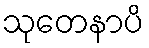
သုတေနာပိ